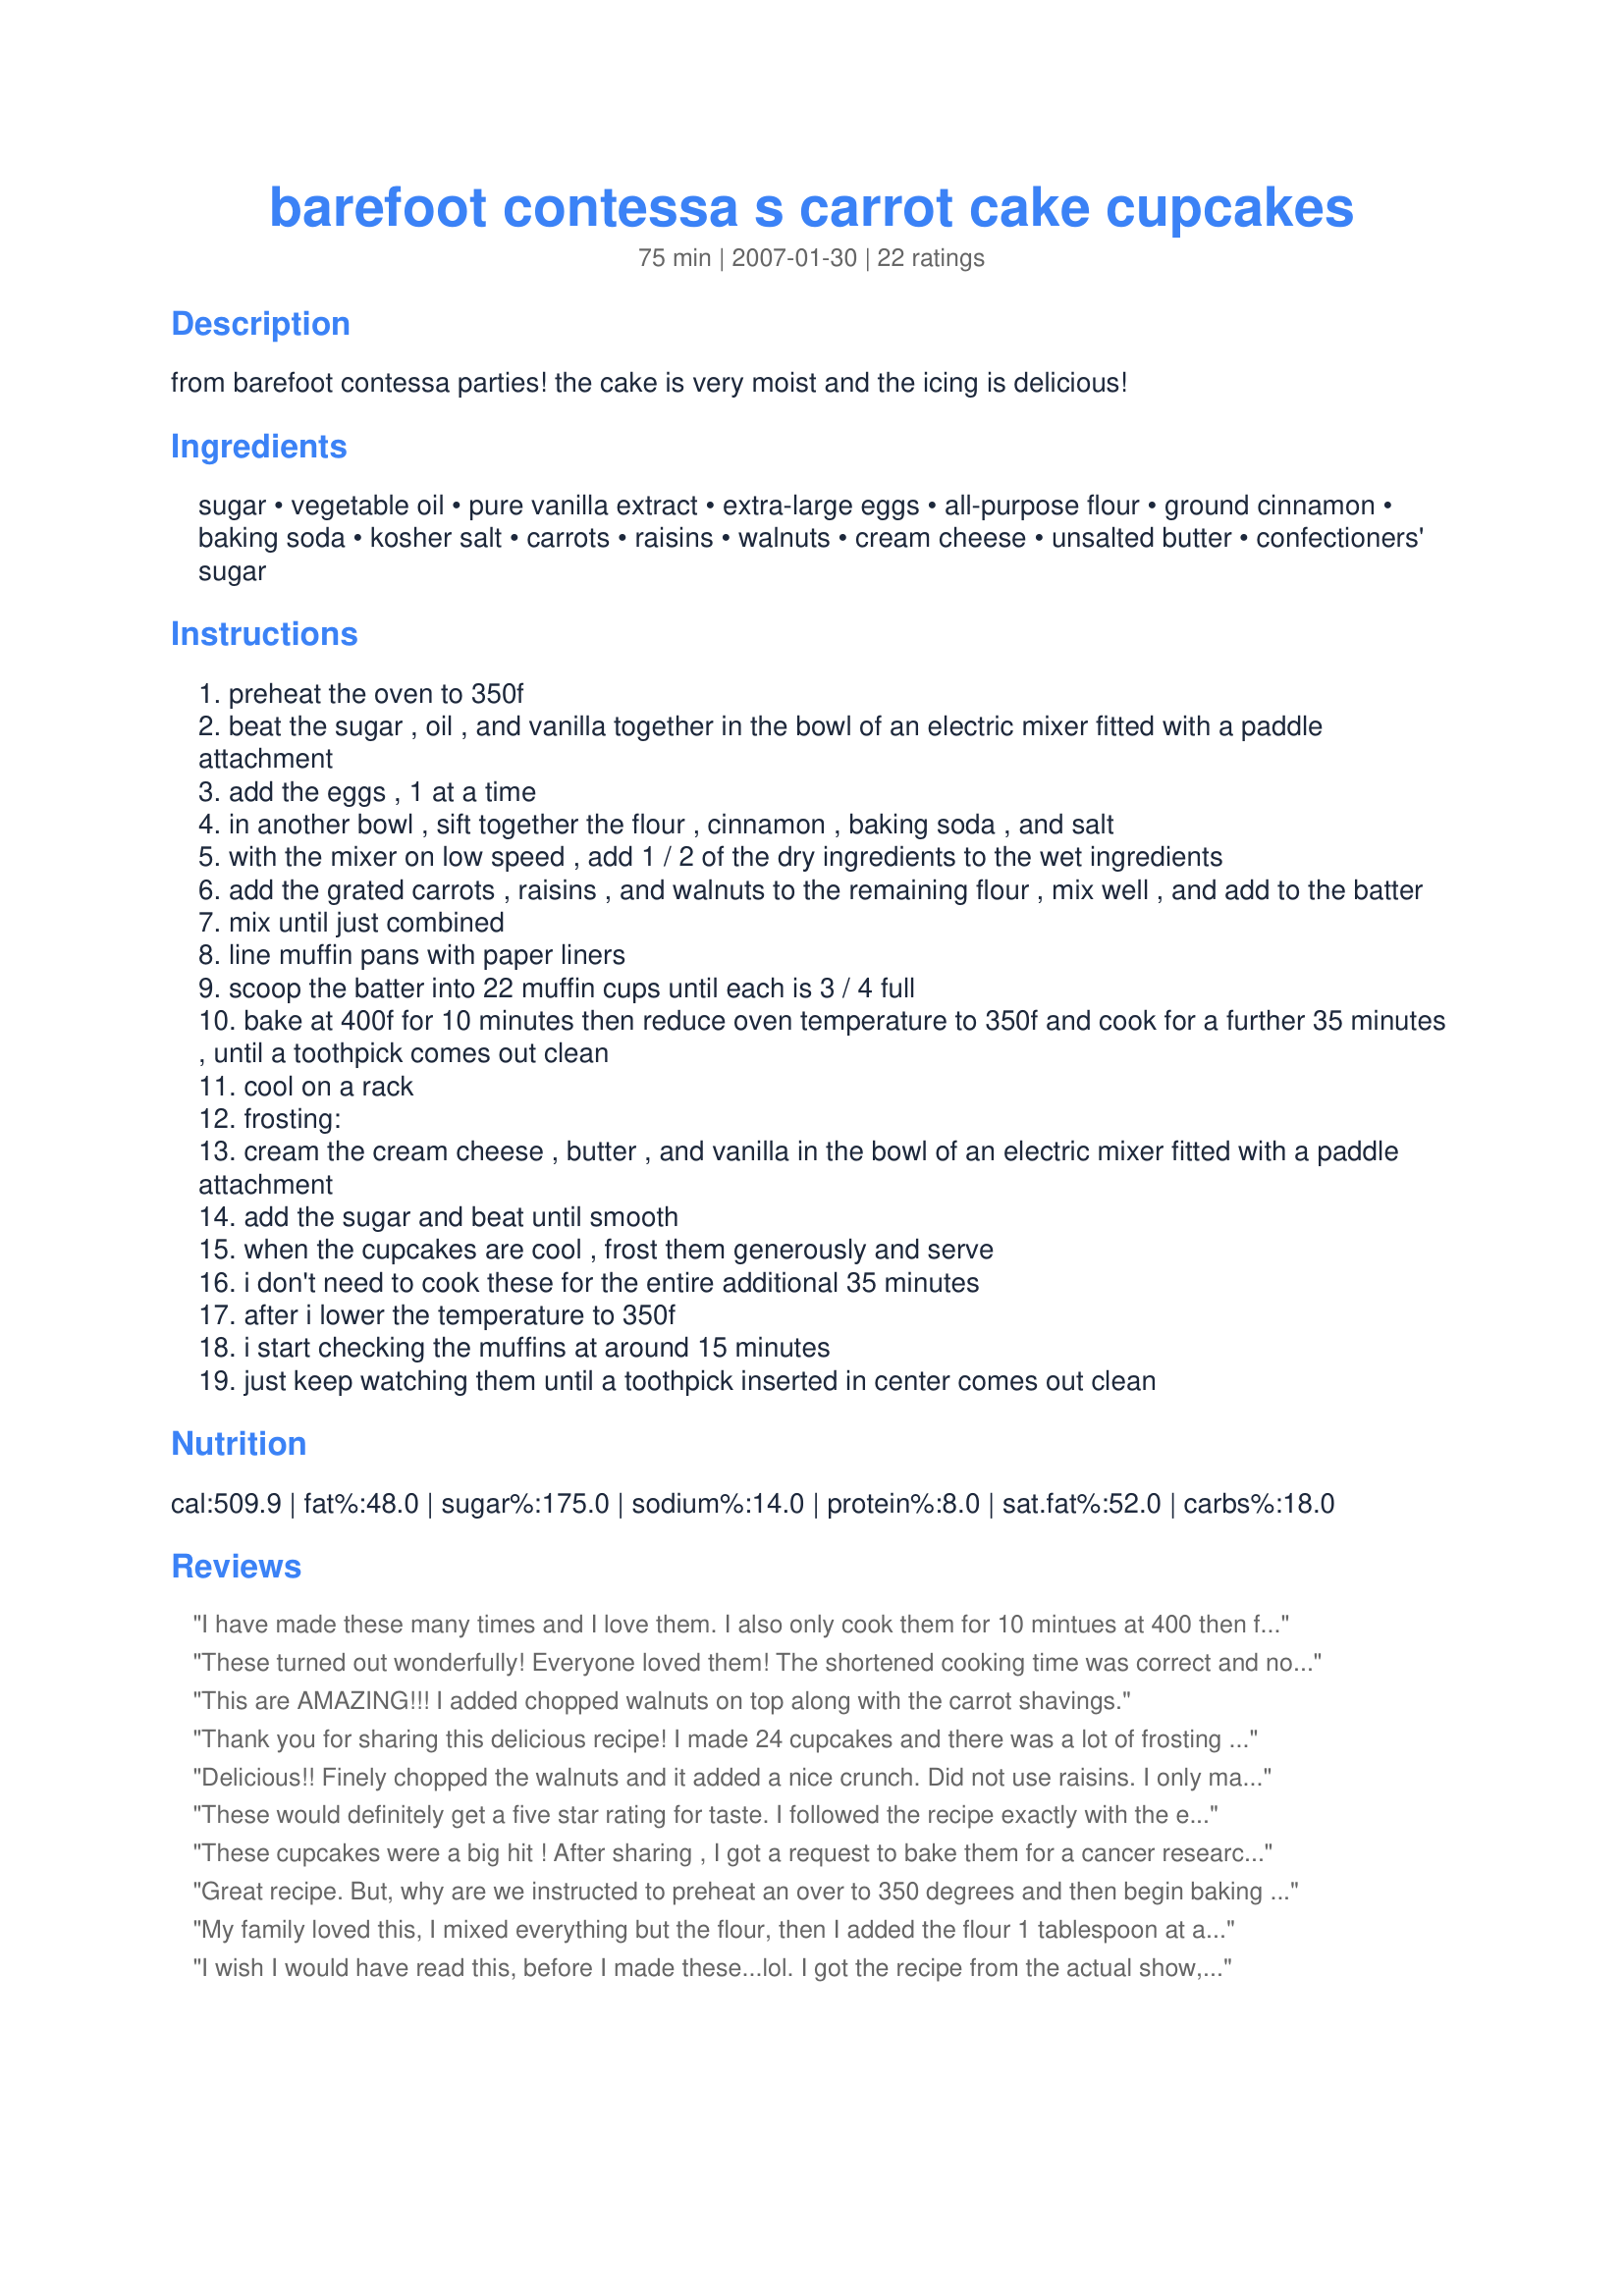
barefoot contessa s carrot cake cupcakes
Preparation time: 75 minutes

from barefoot contessa parties! the cake is very moist and the icing is delicious!

Ingredients:
sugar, vegetable oil, pure vanilla extract, extra-large eggs, all-purpose flour, ground cinnamon, baking soda, kosher salt, carrots, raisins, walnuts, cream cheese, unsalted butter, confectioners' sugar

Steps:
preheat the oven to 350f
beat the sugar , oil , and vanilla together in the bowl of an electric mixer fitted with a paddle attachment
add the eggs , 1 at a time
in another bowl , sift together the flour , cinnamon , baking soda , and salt
with the mixer on low speed , add 1 / 2 of the dry ingredients to the wet ingredients
add the grated carrots , raisins , and walnuts to the remaining flour , mix well , and add to the batter
mix until just combined
line muffin pans with paper liners
scoop the batter into 22 muffin cups until each is 3 / 4 full
bake at 400f for 10 minutes then reduce oven temperature to 350f and cook for a further 35 minutes , until a toothpick comes out clean
cool on a rack
frosting:
cream the cream cheese , butter , and vanilla in the bowl of an electric mixer fitted with a paddle attachment
add the sugar and beat until smooth
when the cupcakes are cool , frost them generously and serve
i don't need to cook these for the entire additional 35 minutes
after i lower the temperature to 350f
i start checking the muffins at around 15 minutes
just keep watching them until a toothpick inserted in center comes out clean

Reviews:
I have made these many times and I love them. I also only cook them for 10 mintues at 400 then for 10-15 minutes at 350. I start checking them with a toothpick and take them out as soon as the toothpick comes clean. There is more batter than for 24 cucpcakes. The frosting makes a ton. I usually have almost half left over.
These turned out wonderfully! Everyone loved them! The shortened cooking time was correct and nothing burned. I had about double the amount of icing that I needed. I will cut that in half the next time that I make these.
This are AMAZING!!! I added chopped walnuts on top along with the carrot shavings.
Thank you for sharing this delicious recipe! I made 24 cupcakes and there was a lot of frosting left over--enough for a small cake--no worries about that disappearing at this house. :) I did find that I only needed about 15 minutes of cook time @ 350--be sure to check as mentioned in this recipe so that you don&#039;t overcook them. This recipe converted my picky son who thought he didn&#039;t like carrot cake!
Delicious!! Finely chopped the walnuts and it added a nice crunch. Did not use raisins. I only made half the frosting, and it made me about 30 small cupcakes. I left 6 without frosting and they were also delicious - great breakfast food!
These would definitely get a five star rating for taste. I followed the recipe exactly with the exception that I did not have a paddle attachment for my blender and I skipped the raisins because I findn them disgusting. My cupcakes sunk in the middle quite badly. Once the icing was on them you couldn't tell but I get pretty uptight when things look bad. I don't know why this would happen and I will try and make them again with the paddle and see if that makes a difference. The boys gobbled these down. Mine were also done at the 15 minute mark - seeing as this has been the case for everyone, perhaps the recipe should just be permanently modified? Thanks for posting.
These cupcakes were a big hit ! After sharing , I got a request to bake them for a cancer research fund raiser. I'm flattered and happy to do so. I loved visiting the barefoot contesa when I had business in East Hampton. Thank you for sharing your recipes !
Great recipe. But, why are we instructed to preheat an over to 350 degrees and then begin baking at 400 degrees? Almost blew it.
My family loved this, I mixed everything but the flour, then I added the flour 1 tablespoon at a time and it came out perfect.
I wish I would have read this, before I made these...lol. I got the recipe from the actual show, and just made them. Some of the bottoms got burned, and I still hada good 5 minutes left. I definitely say start checking after 15 minutes (of the 35 min). Next time I make them, I am going to lessen the time. Even well done, they tast awesome! I can't wait until the nest time, I know they will taste even better :)
Definitely made too much frosting! But they tasted delicious!
I made these cupcakes for my mother’s birthday and they turned out amazing. I ended up halving the recipe and skipping the raisins but had no issues with how they turned out. One of the best carrot cake recipes I’ve tried
A recipe for keeps! I made these cupcakes during a birthday for the first time and I followed every detail and magic! Everybody liked it! Thanks for this recipe!
Mine fell too. I double-checked the ingredients and am positive that I followed them. The batter was tasty, though!
I heard that you increase the temp once you put them in so that they will rise.
This is a marvelous cake - I didn't bake it as cupcakes, used a baking tray, and brough it to the office - people went nuts about it.
I made these for a friends birtday and were amazing! To cut some fat I used low-fat cream cheese and substituted applesauce for some of the oil. Perfect.
These cupcakes are really good. I omitted the raisins and nuts and they came out really good. I also used grapeseed oil for improved flavor. Very good cake.

I really like the icing as well. Very rich and with a good cream cheese flavor. I didn't add as much sugar because I don't like overly-sweet frosting. I am making a batch for the second time right now. I upped the recipe to 36 cupcakes and they came out quite well.
I followed the recipe to a T, but like a couple of others, they sunk in the middle and overflowed the pan on the edges. I crumbled it up and made a trifle with some butterscotch pudding, Greek yogurt, and whipped topping. It was so-so. Perhaps it was an oven temperature problem?
I have never had a Barefoot Contessa recipe fail me until this one. The cupcakes fell in the middle and tasted terrible. I used the correct ingredients and followed the instructions. There was no way for me to even save the pieces of the cupcakes that were cooked. Everything had to be thrown away.
Gotta love my girl Ina! I also cooked the cupcakes at 400 for 10 minutes and then 15 minutes at 350. I took the other reviewers advise and cut the frosting in half and there was just enough. I did use low fat cream cheese and couldn't tell the difference. Very moist and delicious. Thanks for the recipe.
These were out of this world!!!!! Made them for my boyfriend for his bday, he loved him! He asked me to make more so another batch it is! Absolutely glorious!
